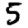
Digit: 5